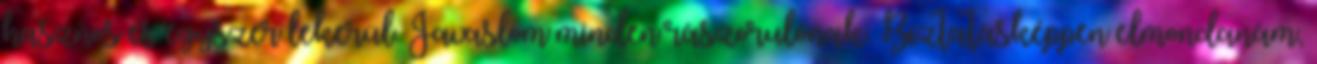
hasznos és egyszer lekerül. Javaslom minden rászorulónak. Bíztatásképpen elmondanám,